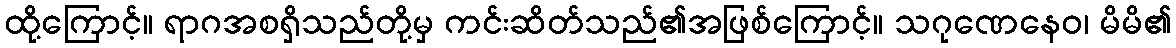
ထို့ကြောင့်။ ရာဂအစရှိသည်တို့မှ ကင်းဆိတ်သည်၏အဖြစ်ကြောင့်။ သဂုဏေနေဝ၊ မိမိ၏